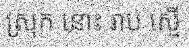
ស្រុក នោះ រាប ស្មើ